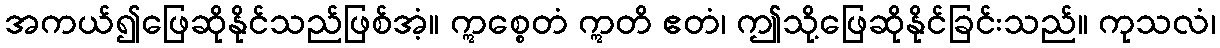
အကယ်၍ဖြေဆိုနိုင်သည်ဖြစ်အံ့။ ဣစ္စေတံ ဣတိ ဧတံ၊ ဤသို့ဖြေဆိုနိုင်ခြင်းသည်။ ကုသလံ၊